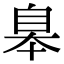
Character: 𦤎